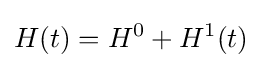
H(t)=H^{0}+H^{1}(t)